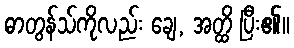
ဓာတွန်သ်ကိုလည်း ချေ, အတ္ထိ ပြီး၏။